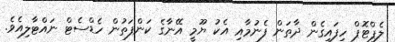
ލެޕްޓޮޕް ހިފައިގެން ދާތަން ފެނުމާއި އެކު ޔޫމީ އޭނާގެ ކަންފަތުން ހެޑްސެޓް ނައްޓާލިއެވެ.